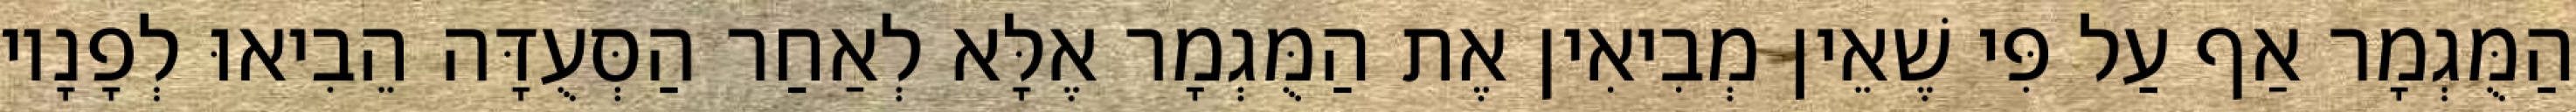
הַמֻּגְמָר אַף עַל פִּי שֶׁאֵין מְבִיאִין אֶת הַמֻּגְמָר אֶלָּא לְאַחַר הַסְּעֻדָּה הֵבִיאוּ לְפָנָיו